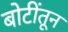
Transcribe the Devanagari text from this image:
बोटींतून